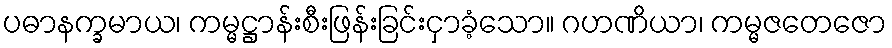
ပဓာနက္ခမာယ၊ ကမ္မဋ္ဌာန်းစီးဖြန်းခြင်းငှာခံ့သော။ ဂဟဏိယာ၊ ကမ္မဇတေဇော